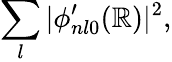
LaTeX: \sum_{l}|\phi_{nl0}^{\prime}(\mathbb{R})|^{2},